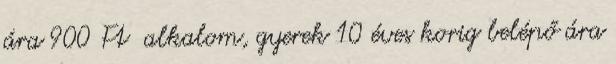
ára 900 Ft alkalom, gyerek 10 éves korig belépő ára